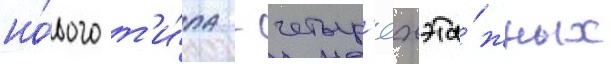
но́вого т'и́па - четыр'ёхэта́жных